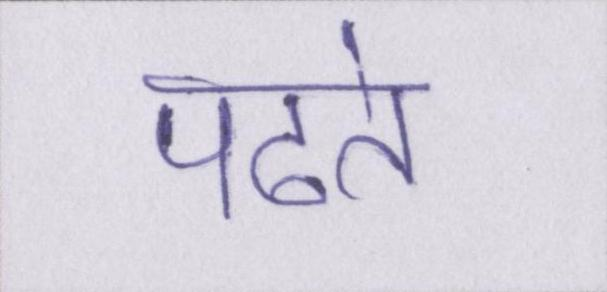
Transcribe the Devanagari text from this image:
पढते